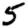
Digit: 5